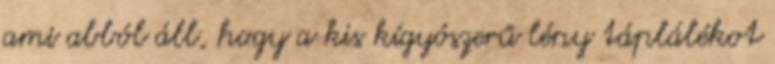
ami abból áll, hogy a kis kígyószerű lény táplálékot